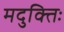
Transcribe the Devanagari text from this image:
मदुक्तिः